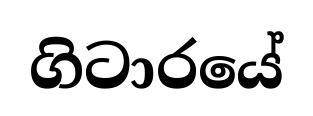
ගිටාරයේ